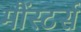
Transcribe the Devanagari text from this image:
मौंस्टर्स